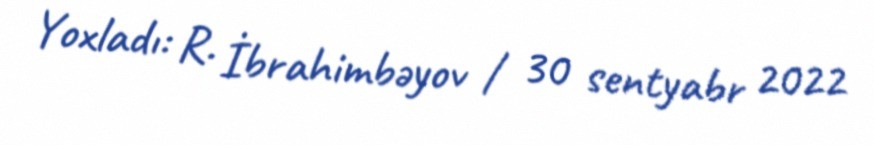
Yoxladı: R. İbrahimbəyov / 30 sentyabr 2022